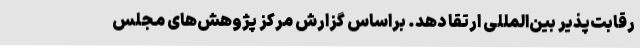
رقابت‌پذیر بین‌المللی ارتقا دهد. براساس گزارش مرکز پژوهش‌های مجلس